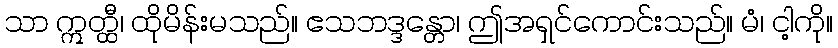
သာ ဣတ္ထီ၊ ထိုမိန်းမသည်။ ဧသဘဒ္ဒန္တော၊ ဤအရှင်ကောင်းသည်။ မံ၊ ငါ့ကို။